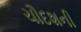
ચૌદશની